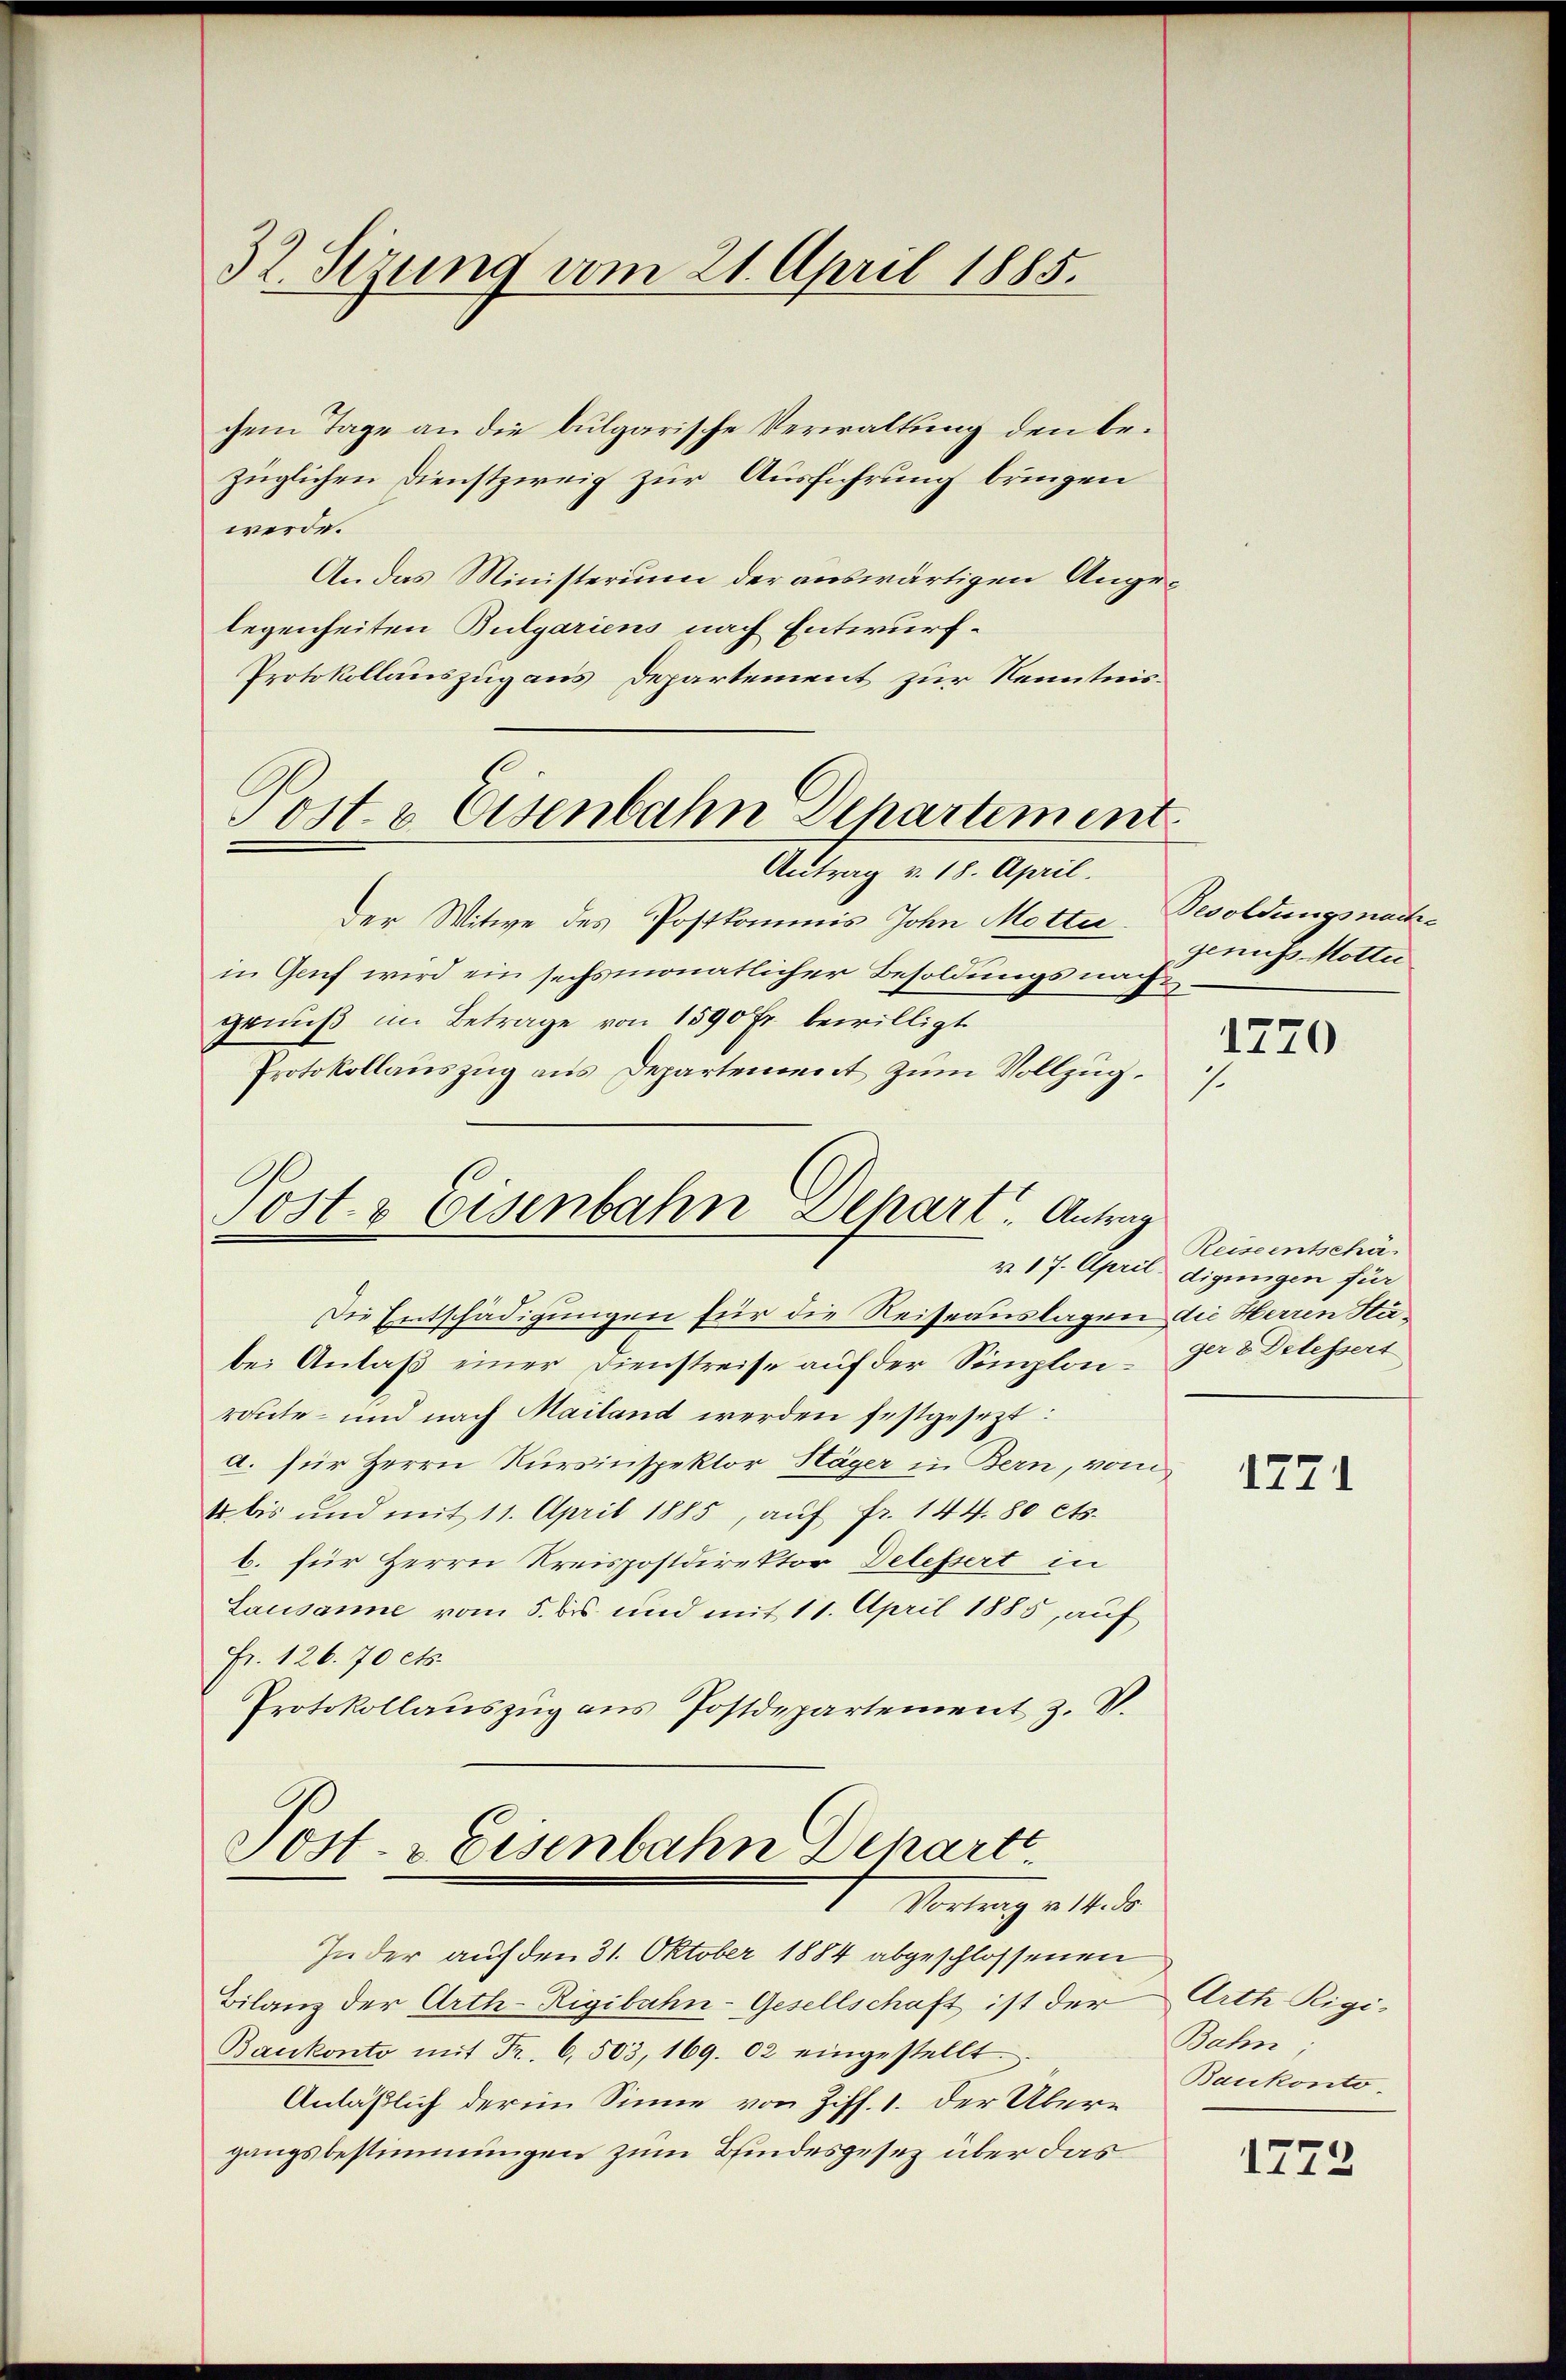
32. Sizung vom 21. April 1885.

chem Tage an die bulgarische Verwaltung den bezüglichen Dienstzweig zur Ausführung bringen
werde.
An das Ministerium der auswärtigen Angelegenheiten Bulgariens nach Entwurf¬
Protokollauszug aus Departement zur Kenntnis¬
Antrag v. 18. April.
Der Witwe des Postkommis John Motter Besoldungsnachin Genf wird ein sechsmonatlicher Besoldungsnachgenuß im Betrage von 1590 Fr. bewilligt
Protokollauszug aus Departement zum Vollzug.
Post- & Eisenbahn Depart. Antrag
Die Entschädigungen für die Reiseauslagen die Herren Stabei Anlaß einer Dienstreise auf der Semploiroute- und nach Mailand werden festgesezt:
a. für Herrn Kursinspektor Häger in Bern, vom
4 bis und mit 11. April 1885, auf Fr. 144. 80 cts.
b. für Herrn Kreispostdirektor Delessert in
Lausanne vom 5. bis und mit 11. April 1885, auf
Fr. 126. 70 cts.
Protokollauszug aus Postdepartement z. B.

Post & Eisenbahn Departement

Sost- & Eisenbahn Beharts
Vortrag v. 14 de

Inder auf den 31. Oktober 1884 abgeschlossenen
Bilanz der Arth-Rigibahn-Gesellschaft ist der
Bankonto mit Fr. 6 503, 169. 02 eingestellt.
Anläßlich der im Sinne von Ziff. 1. der Übergangsbestimmungen zum Bindesgesez über das

genuss Motter

1770

Reiseentschä
§ 17. April digungen für
ger 8 Delessert

1771

Arth Rigi¬
Bahn
Baukonto

1772